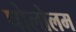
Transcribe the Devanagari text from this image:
पोलोलम